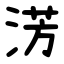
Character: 淓